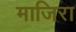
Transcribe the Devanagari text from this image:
माजिरा